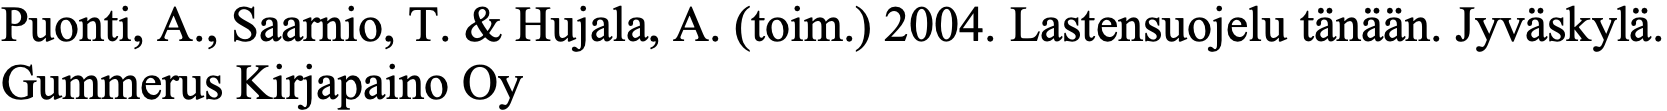
Puonti, A., Saarnio, T. & Hujala, A. (toim.) 2004. Lastensuojelu tänään. Jyväskylä. Gummerus Kirjapaino Oy